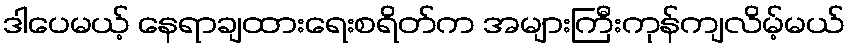
ဒါပေမယ့် နေရာချထားရေးစရိတ်က အများကြီးကုန်ကျလိမ့်မယ်